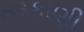
તરકાણી